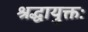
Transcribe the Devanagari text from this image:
श्रद्धायुक्तः